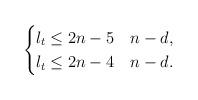
LaTeX: \begin{align*}\begin{cases}\l_t \leq 2n-5 & n-d ,\\\l_t \leq 2n-4 & n-d .\end{cases}\end{align*}